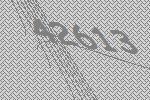
42613